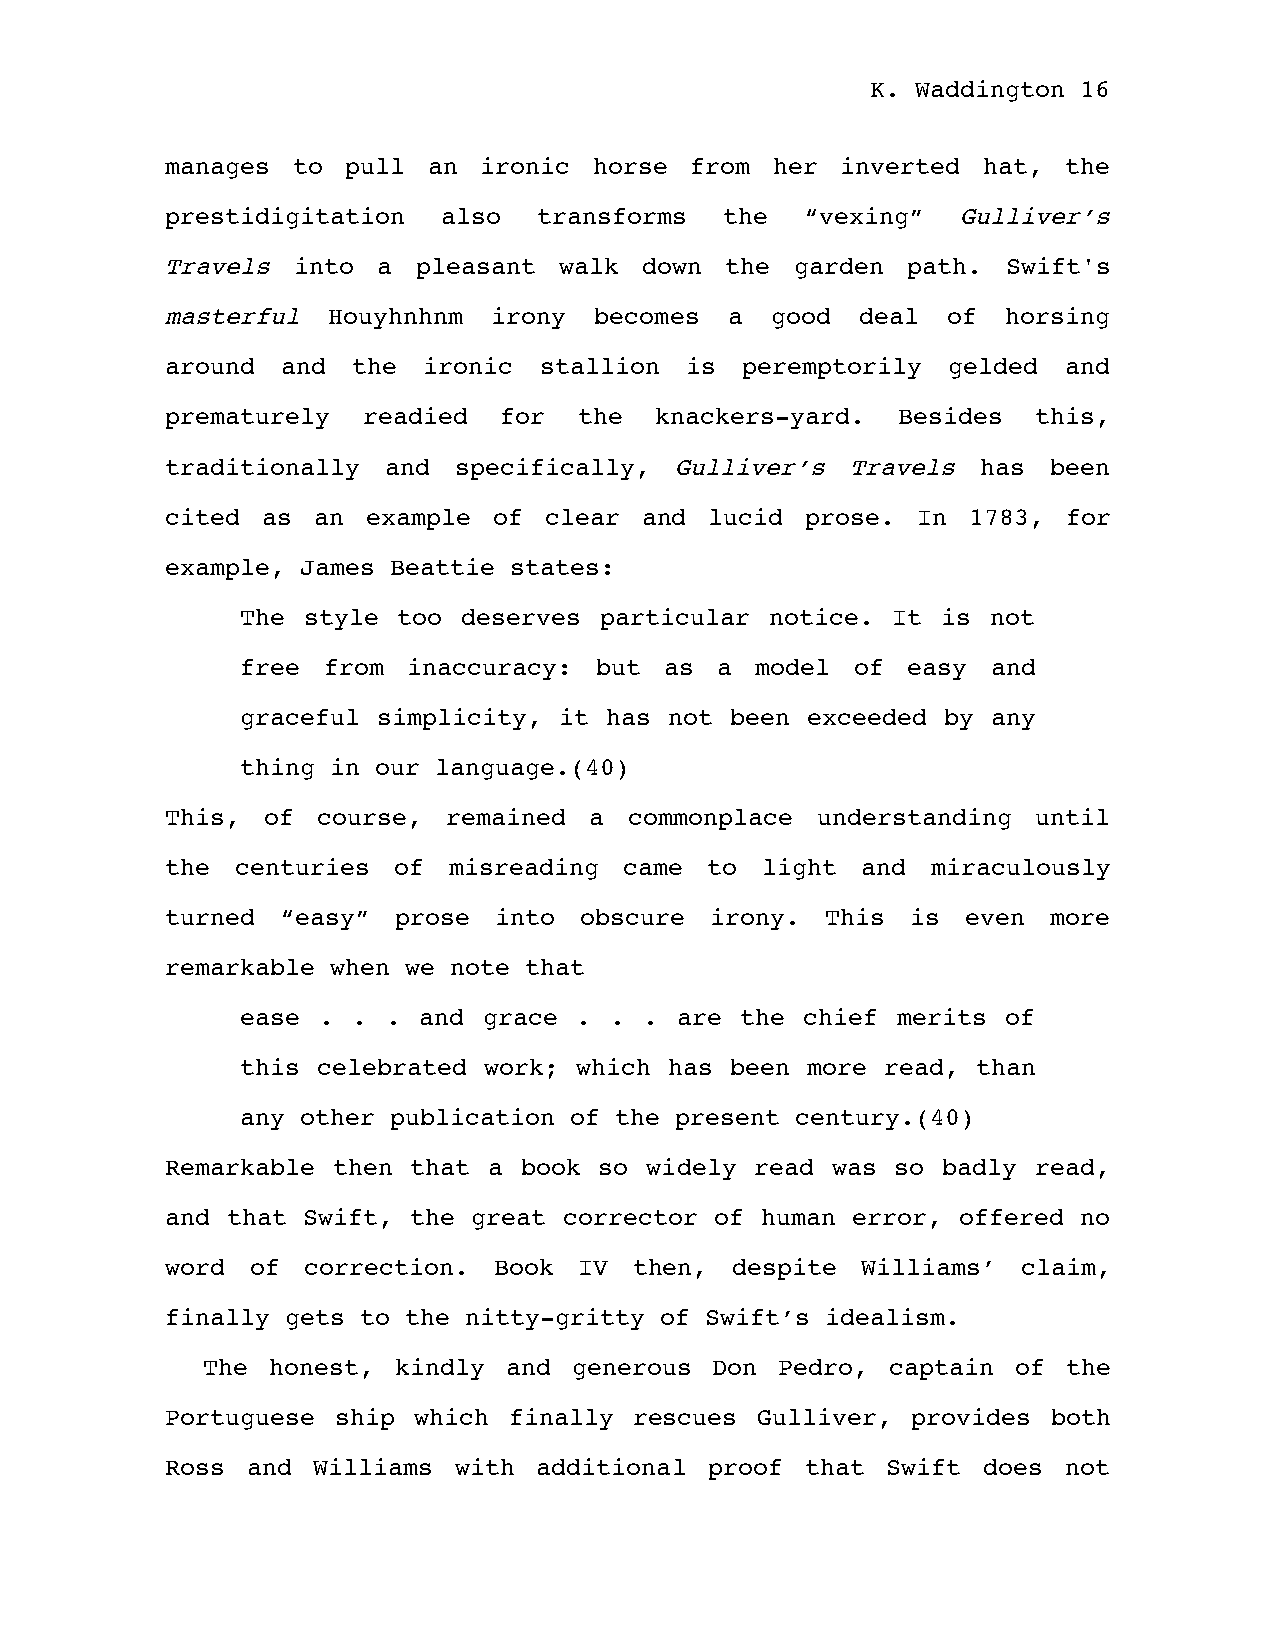
K. Waddington 16
 manages to  pull an  ironic horse  from her  inverted hat,  the
 prestidigitation  also   transforms  the  “vexing”  Gulliver’s
 Travels into  a  pleasant walk  down the  garden path.  Swift's
 masterful  Houyhnhnm  irony becomes  a  good  deal  of  horsing
 around  and the  ironic  stallion is  peremptorily  gelded and
 prematurely  readied  for  the  knackers-yard.  Besides   this,
 traditionally  and specifically,  Gulliver’s Travels  has  been
 cited as  an example  of clear and  lucid prose.  In 1783,  for
 example, James Beattie states:
 The style too  deserves particular notice. It is  not
 free from  inaccuracy: but  as a  model  of easy  and
 graceful simplicity, it has not been exceeded by  any
 thing in our language.(40)
 This, of  course,  remained a  commonplace understanding  until
 the  centuries of  misreading came  to light  and  miraculously
 turned  “easy” prose  into obscure  irony.  This is  even  more
 remarkable when we note that
 ease . .  . and grace . .  . are the chief merits  of
 this celebrated work; which has been more  read, than
 any other publication of the present century.(40)
 Remarkable then that a book  so widely read was so badly  read,
 and that Swift, the great corrector of human error, offered  no
 word  of correction.  Book IV  then, despite  Williams’  claim,
 finally gets to the nitty-gritty of Swift’s idealism.
 The  honest, kindly and  generous Don Pedro,  captain of  the
 Portuguese ship which  finally rescues Gulliver, provides  both
 Ross and  Williams with  additional proof that  Swift does not